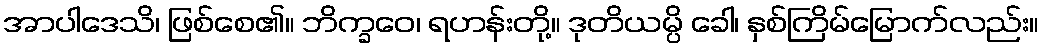
အာပါဒေသိ၊ ဖြစ်စေ၏။ ဘိက္ခဝေ၊ ရဟန်းတို့။ ဒုတိယမ္ပိ ခေါ၊ နှစ်ကြိမ်မြောက်လည်း။